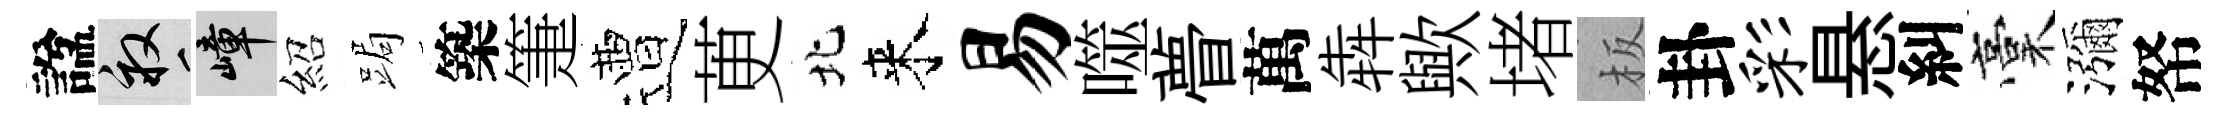
諡畝嶂紹跼築箑遭茰北来易噬瞢萬犇歟堵板卦彩悬糾稾瀰帑